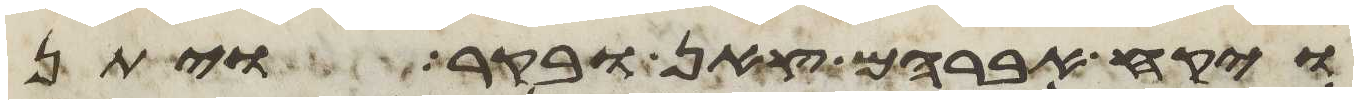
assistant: ויקח אברהם צאן ובקר ויתן